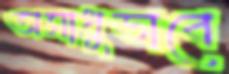
অসাধুভাবে